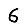
Digit: 6